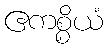
ဧကစ္စိယံ